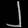
Digit: ၂